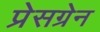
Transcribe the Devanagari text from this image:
प्रेसग्रेन